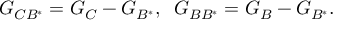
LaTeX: G _ { C B ^ { \ast } } = G _ { C } - G _ { B ^ { \ast } } , \; \; G _ { B B ^ { \ast } } = G _ { B } - G _ { B ^ { \ast } } .